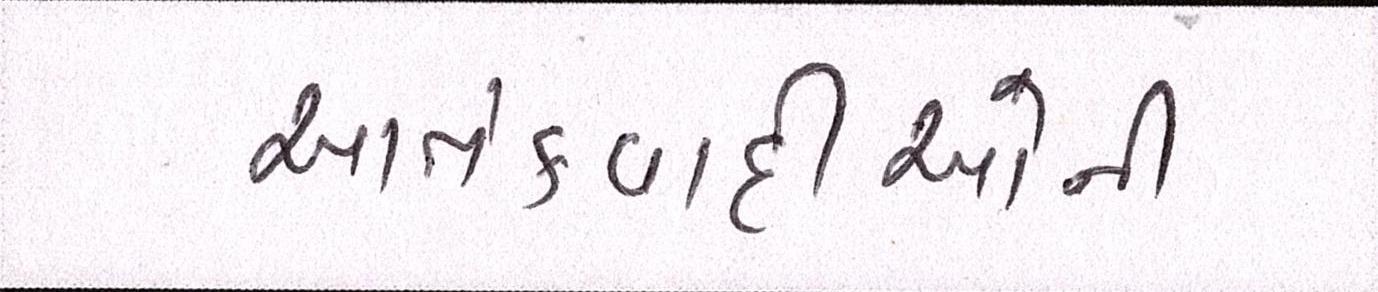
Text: આતંકવાદીઓની